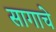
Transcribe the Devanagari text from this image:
सागाचे